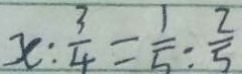
x : \frac { 3 } { 4 } = \frac { 1 } { 5 } : \frac { 2 } { 5 }